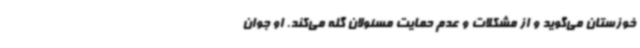
خوزستان می‌گوید و از مشکلات و عدم حمایت مسئولان گله می‌کند. او جوان